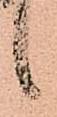
候